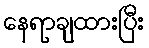
နေရာချထားပြီး